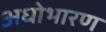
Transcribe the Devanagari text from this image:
अधोभारण